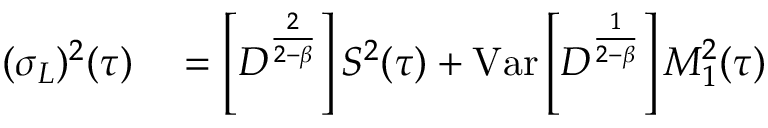
\begin{array} { r l } { ( \sigma _ { L } ) ^ { 2 } ( \tau ) } & { { } = \left[ D ^ { \frac { 2 } { 2 - \beta } } \right] S ^ { 2 } ( \tau ) + \mathrm { V a r } \left[ D ^ { \frac { 1 } { 2 - \beta } } \right] M _ { 1 } ^ { 2 } ( \tau ) } \end{array}